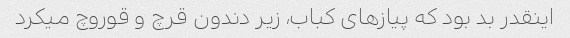
اینقدر بد بود که پیازهای کباب، زیر دندون قرچ و قوروچ میکرد